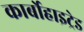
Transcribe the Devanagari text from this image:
कार्बोहाइट्रेड